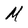
Character: M